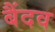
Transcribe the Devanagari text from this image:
बैंदव